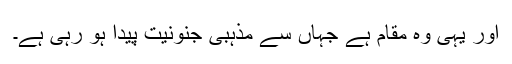
اور یہی وہ مقام ہے جہاں سے مذہبی جنونیت پیدا ہو رہی ہے۔